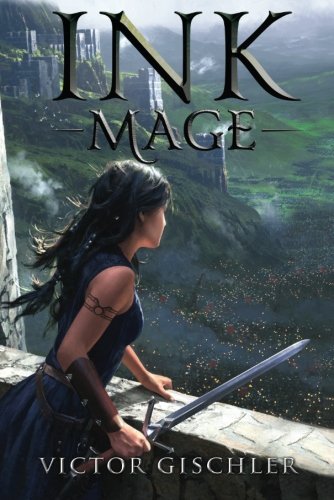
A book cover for Ink Mage (A Fire Beneath the Skin); Victor Gischler; Literature & Fiction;